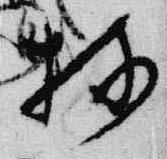
持